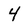
Character: 4